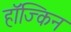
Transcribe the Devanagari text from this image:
हॉज्किन